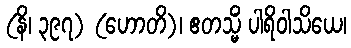
(နိ၊ ၃၉၇) (ဟောတိ)၊ ဧတသ္မိံ ပါရိဝါသိယေ၊